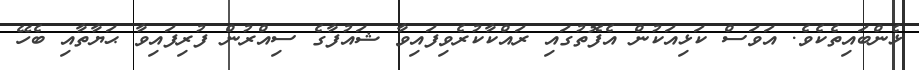
ޅެންބައިތެކެވެ. އަވަސް ކަޅިއަކުން އެފޮތުގައި ރައްކާކުރެވިފައިވާ ޝައުފާގެ ސިއްރުން ފުރިފައިވާ ޙަޔާތާއި ބެހޭ